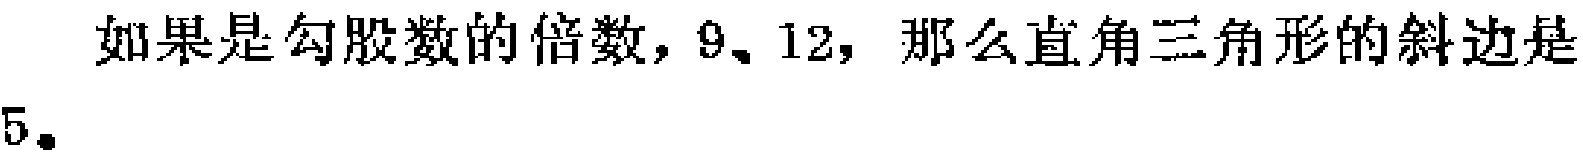
如果是勾股数的倍数，9、12，那么直角三角形的斜边是15。